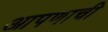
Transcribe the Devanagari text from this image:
आपणाची